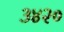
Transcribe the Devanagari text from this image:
३४२०